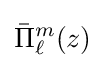
{\bar {\Pi }}_{\ell }^{m}(z)